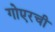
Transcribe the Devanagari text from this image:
गोएरची